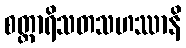
စတ္တာရိသတသဟဿာနိ